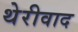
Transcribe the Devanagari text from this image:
थेरीवाद